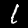
Label: 1